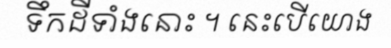
ទឹកដីទាំងនោះ ។ នេះបើយោង